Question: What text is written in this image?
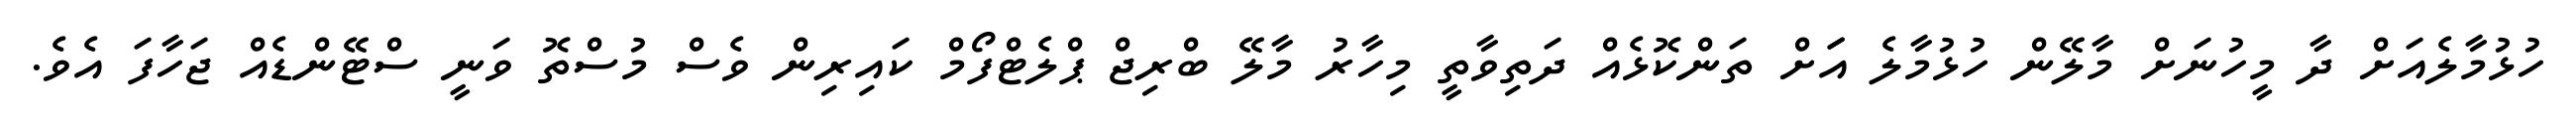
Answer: ހުޅުމާލެއަށް ދާ މީހުނަށް މާލޭން ހުޅުމާލެ އަަށް ތަންކޮޅެއް ދަތިވާތީ މިހާރު މާލޭ ބްރިޖް ޕްލެޓްފޯމް ކައިރިން ވެސް މުސްތޮ ވަނީ ސްޓޭންޑެއް ޖަހާފަ އެވެ.